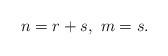
LaTeX: \begin{align*}n=r+s,\ m=s.\end{align*}